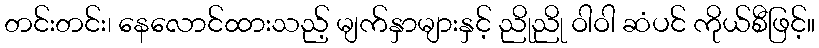
တင်းတင်း၊ နေလောင်ထားသည့် မျက်နှာများနှင့် ညိုညို ဝါဝါ ဆံပင် ကိုယ်စီဖြင့်။